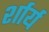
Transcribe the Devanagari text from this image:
र्शार्य